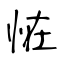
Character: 恠